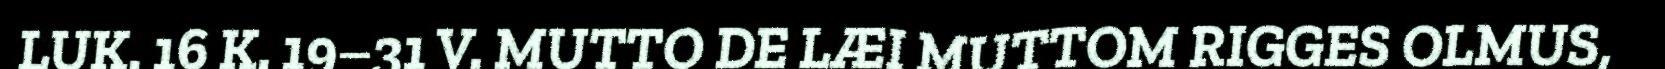
LUK. 16 K. 19–31 V. MUTTO DE LÆI MUTTOM RIGGES OLMUS,